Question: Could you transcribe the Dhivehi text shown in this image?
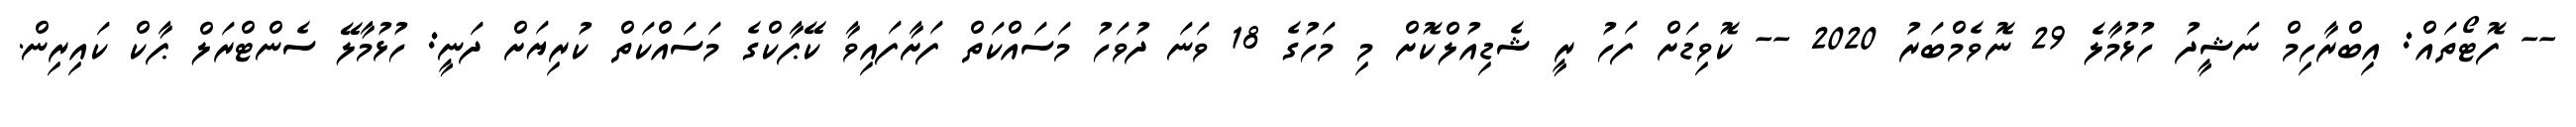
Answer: -- ފޮޓޯތައް: އިބްރާހިމް ނަޝީދު ހުޅުމާލެ 29 ނޮވެމްބަރު 2020 -- ކޮވިޑަށް ފަހު ރީ ޝެޑިއުލްކޮށް މި މަހުގެ 18 ވަނަ ދުވަހު މަސައްކަތް ފަށާފައިވާ ކޭޕާކްގެ މަސައްކަތް ކުރިޔަށް ދަނީ: ހުޅުމާލޭ ސެންޓްރަލް ޕާކް ކައިރިން.